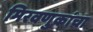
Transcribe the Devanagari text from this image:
मिरवणुकांचा